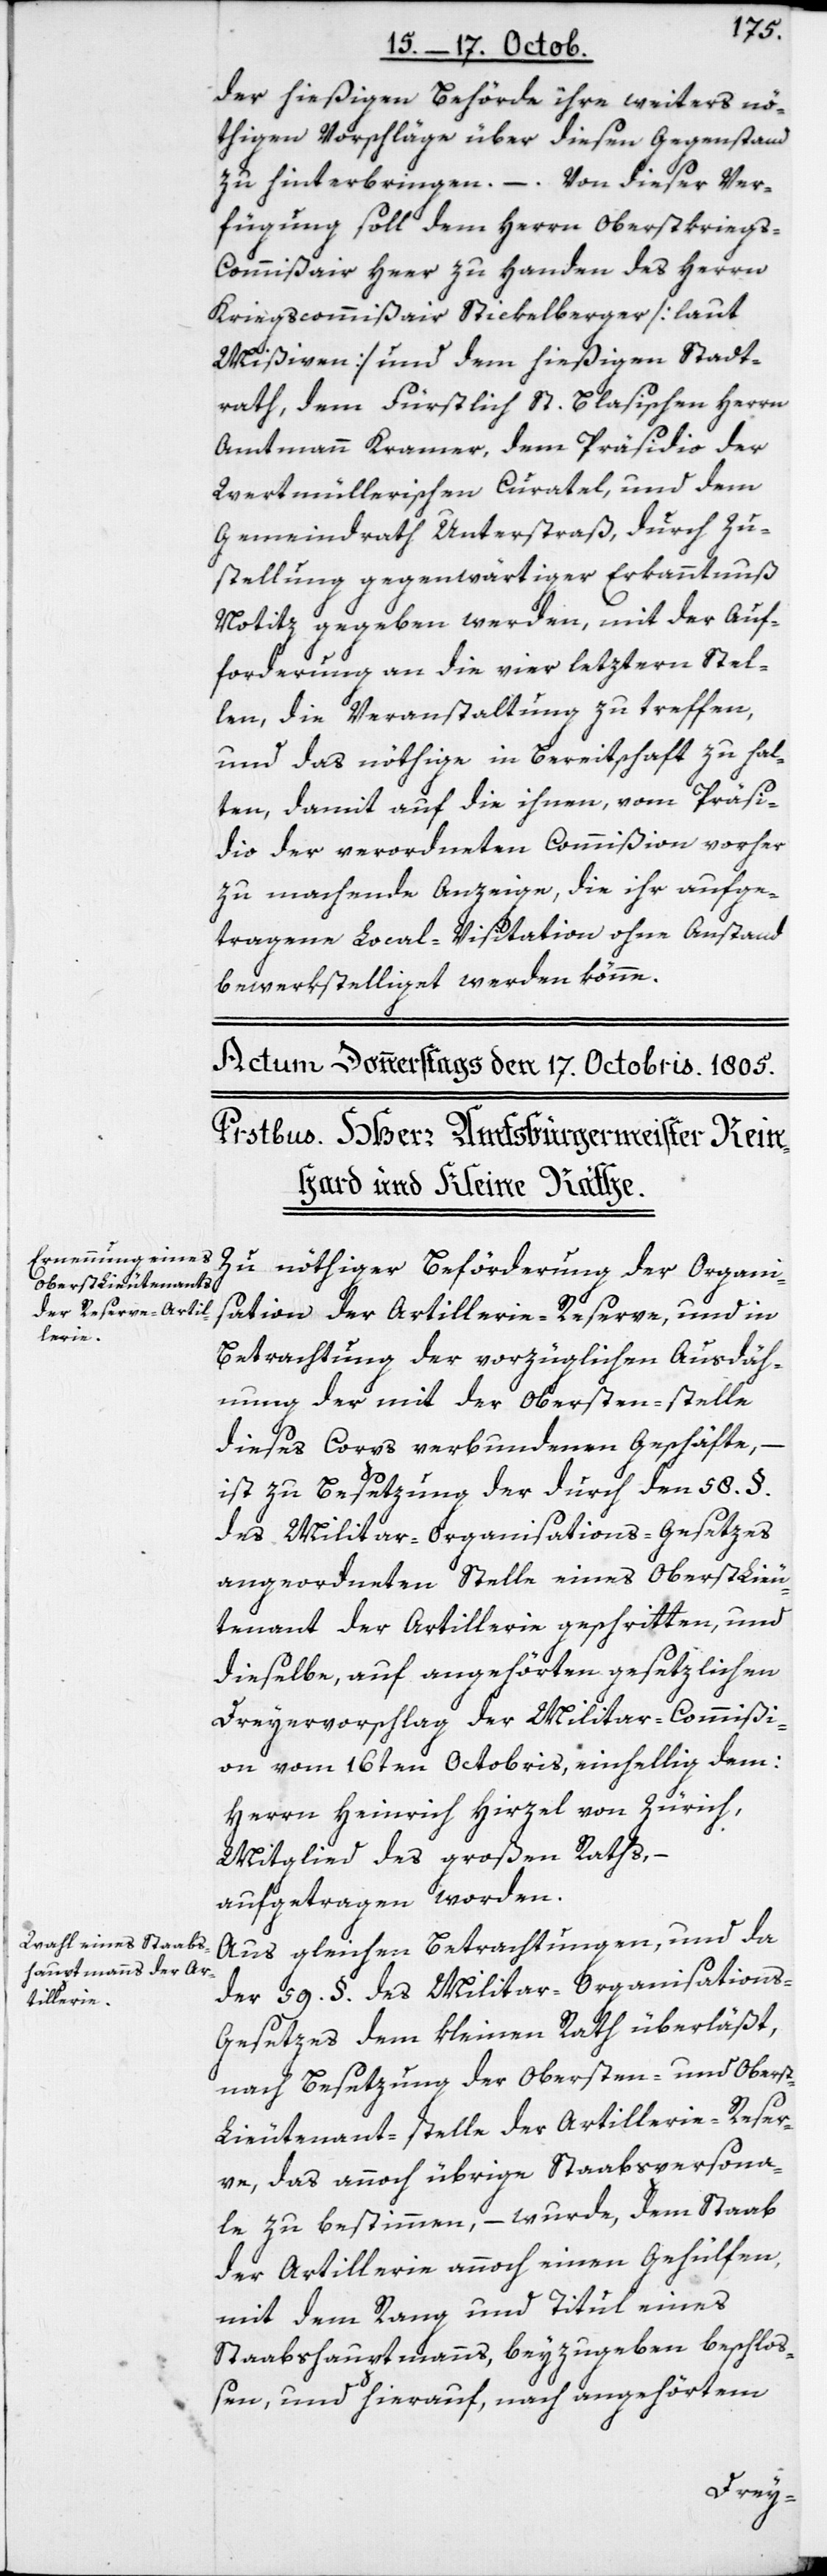
dieser Ver¬

der hießigen Behörde ihre weiters nö¬
thigen Vorschläge über diesen Gegenstand
fügung soll dem Herrn Oberstkrieg¬
s-Commißair Heer zu Handen des Herrn
Kriegscommißair Stickelberger [aut
Mißiven] und dem hießigen Stadt¬
rath, dem Fürstlich St. Blasischen Herrn
Amtmann Kramer, dem Präsidio der
Wertmüllerischen Curatel, und dem
Gemeindrath Unterstraß, durch Zu¬
stellung gegenwärtiger Erkanntnuß
Notiz gegeben werden, mit der Auf¬
forderung an die vier letztern Stel¬
len, die Veranstaltung zu treffen,
und das Nöthige in Bereitschaft zu hal¬
ten, damit auf die ihnen vom Präsi¬
dio der verordneten Commißion vorher
zu machende Anzeige, die ihr aufge¬
tragene Local-Visitation ohne Anstand
bewerkstelliget werden könne.
Zu nöthiger Beförderung der Organi¬
sation der Artillerie-Reserve, und in
Betrachtung der vorzüglichen Ausdäh¬
nung der mit der Obersten-stelle
dieses Corps verbundenen Geschäfte,
ist zu Besetzung der durch den 58. §.
des Militar-Organisations-Gesetzes
angeordneten Stelle eines OberstLieu¬
tenant der Artillerie geschritten, und
dieselbe auf angehörten gesetzlichen
Dreyervorschlag der Militar-Commißi¬
on vom 16ten Octobris, einhellig dem:
Herrn Heinrich Hirzel von Zürich,
Mitglieds des Großen Raths, –
aufgetragen worden.
Aus gleichen Betrachtungen, und da
der 59. §. des Militar-Organisations-G¬
esetzes dem kleinen Rath überläßt,
nach Besetzung der Obersten- und Oberst¬
Lieutenant-stelle der Artillerie-Reser¬
ve, das annoch übrige Staabspersonal¬
e zu bestimmen, – wurde dem Staab
der Artillerie annoch einen Gehülfen,
mit dem Rang und Titul eines
Staabshauptmanns beyzugeben beschlo¬
ßen, und hierauf, nach angehörtem